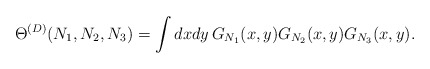
\begin{align*}\Theta^{(D)}(N_1,N_2,N_3)= \int dx dy \, G_{N_1}(x,y) G_{N_2}(x,y) G_{N_3}(x,y).\end{align*}